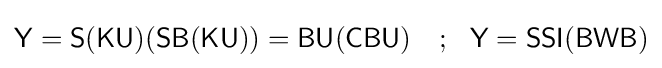
{\mathsf {Y=S(KU)(SB(KU))=BU(CBU)}}\ \ \ ;\ \ {\mathsf {Y=SSI(BWB)}}